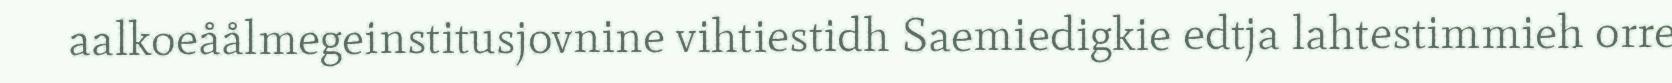
aalkoeåålmegeinstitusjovnine vihtiestidh Saemiedigkie edtja lahtestimmieh orre